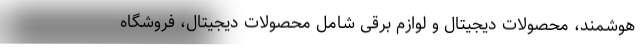
هوشمند، محصولات دیجیتال و لوازم برقی شامل محصولات دیجیتال، فروشگاه